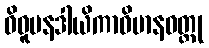
ဝိဓူပနဒါယိကာဝိမာနဝတ္ထု